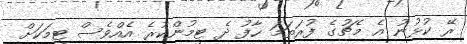
ރޭ ކުޅުނު އެ މެޗުގެ ފުރަތަމަ ހާފު ދެ ޓީމުންކުރެ އެއްވެސް ޓީމަކަށް